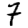
Digit: 7